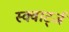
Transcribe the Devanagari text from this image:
स्क्वार्ट्ज